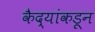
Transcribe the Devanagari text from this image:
कैद्यांकडून